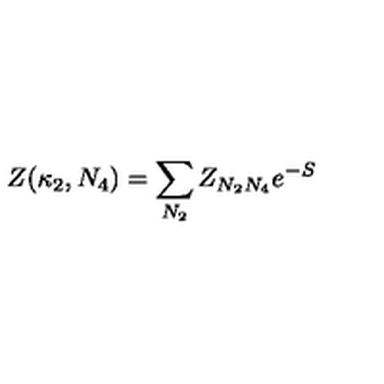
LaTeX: Z ( \kappa _ { 2 } , N _ { 4 } ) = \sum _ { N _ { 2 } } Z _ { N _ { 2 } N _ { 4 } } e ^ { - S }